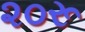
૨૦રૂ